Report on plague and inoculation in the Punjab from October 1st ... to September 30th..., being the ... season of plague in the province
Disease focus: Plague
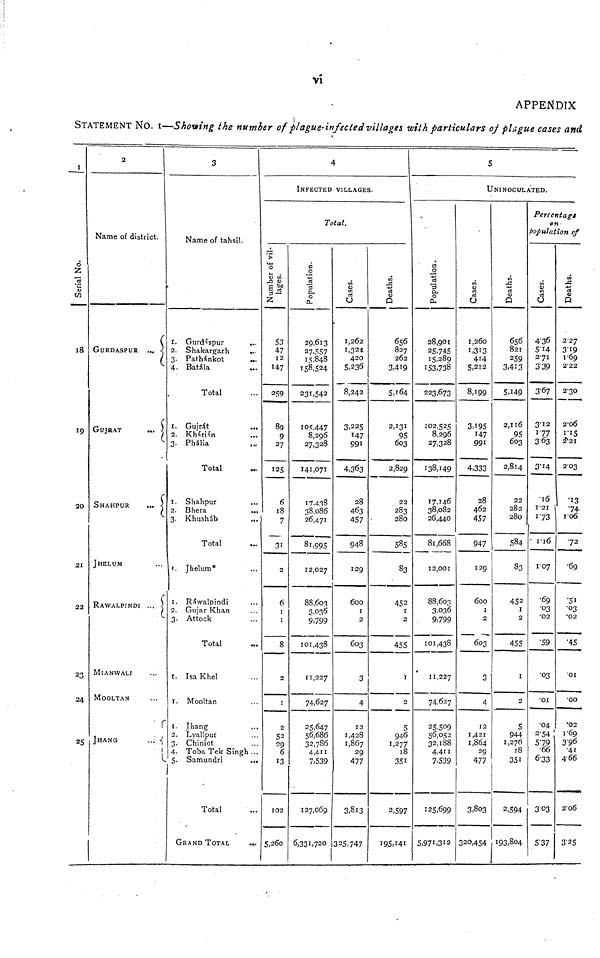
vi
APPENDIX
STATEMENT NO. 1—Showing the number of plague-infected villages with particulars of plague cases and
I
Serial No.
18
19
20
21
22
23
24
25
2
Name of district.
GURDASPUR
GUJRAT
SHAHPUR
JHELUM
RAWALPINDI
MIANWALI
MOOLTAN
JHANG
...
...
{
1.
2.
3
4
1.
2
3
1.
2.
3.
1
2
3
1.
1.
1.
2.
3.
4.
5.
3
Name of tahsil.
Gurdáspur
...
Shakargarh
...
Pathánkot ...
Bátala ...
Total
Gujrát
...
Khárián
Phália
Total
...
Shahpur
Bhera
...
Khusháb
Total ...
Jhelum* ...
Ráwalpindi ...
Gujar Khan ...
. Attock ...
Total ...
Isa Khel ...
. Mooltan ...
Jhang ...
Lyallpur ...
Chiniot ...
Toba Tek Singh ...
Samundri
...
Total ...
GRAND TOTAL
...
Number of vil-
lages.
53
47
12
147
259
80
9
27
125
6
18
7
31
2
6
1
1
8
2
1
2
52
29
6
13
102
5,260
4
INFECTED VILLAGES
Total.
Population.
29,613
27,557
15,848
158,524
231,542
105,447
8,296
27,328
141,071
17,438
38,086
26,471
81,995
12,027
88,603
3,036
9,799
101,438
11,227
74,627
25,647
56, 686
32, 786
4,411
7,539
127, 069
6,331,720
Cases.
1,262
1,324.
420
5,236
8,242
3,225
147
991
4, 363
28
463
457
948
129
600
1
2
603
3
4
12
1,428
1,867
29
477
3,813
325,747
Deaths.
656
827
262
3,419
5,164
2,131
95
603
2,829
22
283
280
585
83
452
1
2
455
1
2
5
946
1,277
18
351
2,597
195,141
5
UNINOCULATED.
Population.
28,901
25,745
15,289
153,738
223,673
102,525
8,296
27,328
138,149
17,146
38,082
26,440
81,668
12,001
88,603
3,036
9,799
101,438
11,227
74,627
25,509
56,052
32,188
4,411
7.539
125,699
5,971,312
Cases
1,260
1,313
414
5,212
8,199
3,195
147
991
4,333
28
462
457
947
129
600
1
2
603
3
4
12
1,421
1,864
29
477
3,803
320,454
Deaths.
656
821
259
3,413
5,149
2,116
95
603
2,814
22
282
280
584
83
452
1
2
455
1
2
5
944
1,276
18
351
2,594
193,804
Percentage
on
Population of
Cases.
4'36
514
2'71
339
3'67
3'12
1'77
363
3'14
'16
1'21
1'73
1'16
1'07
'69
'03
'02
'59
'03
'01
'04
2'54
5'79
'66
6'33
303
5'37
Deaths.
2'27
3'19
1'69
2'22
2'30
2'06
1'15
2'2I
2'03
'13
'74
1'06
'72
'69
'51
'03
'02
'45
'01
'00
'02
1'69
3'90
'41
4'66
2'06
3'25